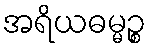
အရိယဓမ္မဉ္စ